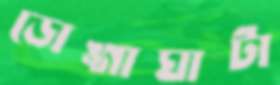
ডোঙ্গাঘাটা